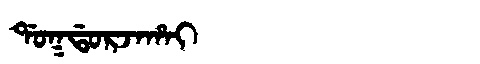
Manchu: ᡩᠣᡴᡩᠣᡵᠵᠠᡥᠠᡳ
Romanization: DOKDORJAHAI